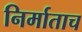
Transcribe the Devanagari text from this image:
निर्माताच